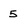
Character: 5